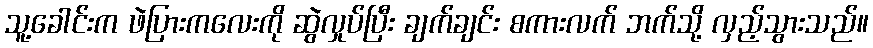
သူ့ခေါင်းက ဖဲပြားကလေးကို ဆွဲလှုပ်ပြီး ချက်ချင်း စကားလက် ဘက်သို့ လှည့်သွားသည်။